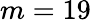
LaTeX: m=19